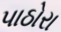
પાઠોરા